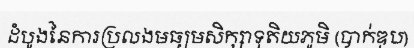
ដំបូងនៃការប្រលងមធ្យមសិក្សាទុតិយភូមិ (បាក់ឌុប)